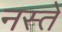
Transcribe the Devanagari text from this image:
नस्ते